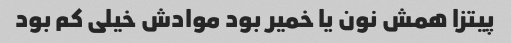
پیتزا همش نون یا خمیر بود موادش خیلی کم بود